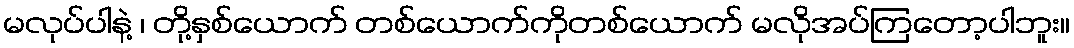
မလုပ်ပါနဲ့ ၊ တို့နှစ်ယောက် တစ်ယောက်ကိုတစ်ယောက် မလိုအပ်ကြတော့ပါဘူး။